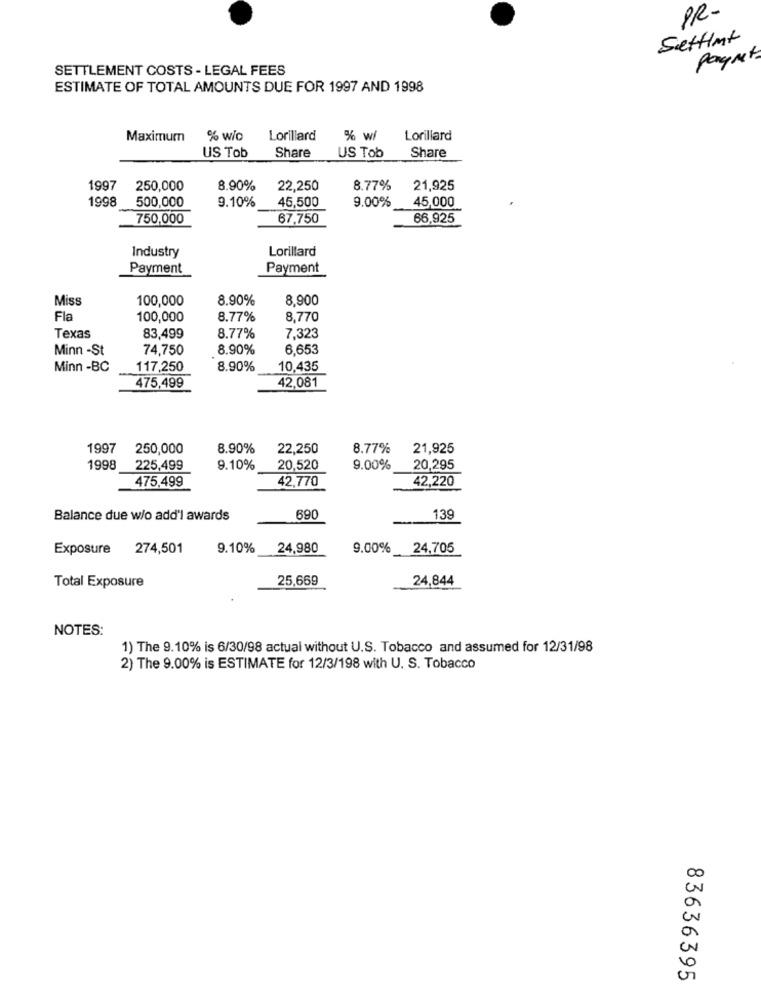
PR-
SettInt
Paget
SETTLEMENT COSTS - LEGAL FEES
ESTIMATE OF TOTAL AMOUNTS DUE FOR 1997 AND 1998
Maximum
% wio
Lorillard
% wi
Lorillard
US Tob
Share
Share
US Tob
1997
250,000
8.90%
22,250
8.77%
21,925
1998
500,000
9.10%
45,500
45,000
9.00%
750,000
67,750
66,925
Lorillard
Industry
Payment
Payment
Miss
100,000
8.90%
8,900
Fla
100,000
8.77%
8.770
Texas
83,499
8.77%
7,323
Minn -St
74,750
8.90%
6.653
Minn -BC
117,250
8.90%
10,435
475,499
42,081
1997
250,000
8.90%
22,250
8.77%
21,925
1998
225,499
9.10%
20,520
9.00%
20,295
42,220
475,499
42,770
Balance due w/o add'l awards
690
139
Exposure 274,501
9.10%
24,980
9.00%
24,705
Total Exposure
25,669
24,844
NOTES:
1) The 9.10% is 6/30/98 actual without U.S. Tobacco and assumed for 12/31/98
2) The 9.00% is ESTIMATE for 12/3/198 with U. S. Tobacco
83636395